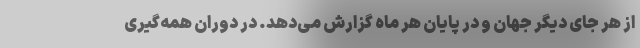
از هر جای دیگر جهان و در پایان هر ماه گزارش می‌دهد. در دوران همه‌گیری